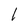
Character: l